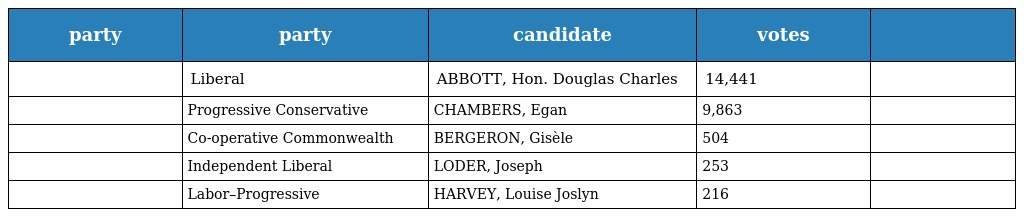
| party | party | candidate | votes |  |
 | --- | --- | --- | --- | --- |
 |  | Liberal | ABBOTT, Hon. Douglas Charles | 14,441 |  |
 |  | Progressive Conservative | CHAMBERS, Egan | 9,863 |  |
 |  | Co-operative Commonwealth | BERGERON, Gisèle | 504 |  |
 |  | Independent Liberal | LODER, Joseph | 253 |  |
 |  | Labor–Progressive | HARVEY, Louise Joslyn | 216 |  |